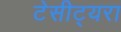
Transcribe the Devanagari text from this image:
टेसीट्यरा